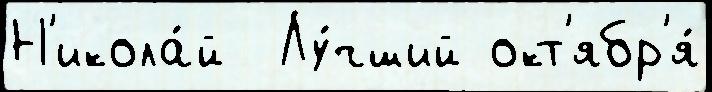
Н'икола́й  Лу́чший окт'ябр'я́